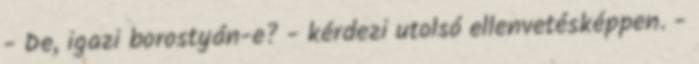
- De, igazi borostyán-e? - kérdezi utolsó ellenvetésképpen. -